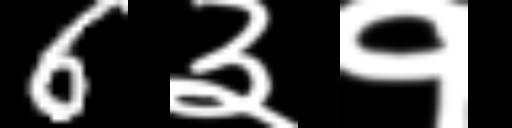
Text: 6३१